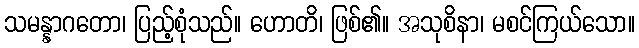
သမန္နာဂတော၊ ပြည့်စုံသည်။ ဟောတိ၊ ဖြစ်၏။ အသုစိနာ၊ မစင်ကြယ်သော။